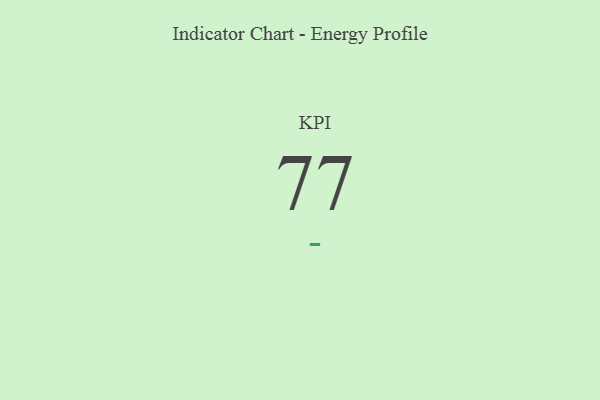
{"axis": {"x": "KPI", "y": "Value"}, "legend": [""], "data": [{"x": "KPI", "y": 77, "type": ""}]}